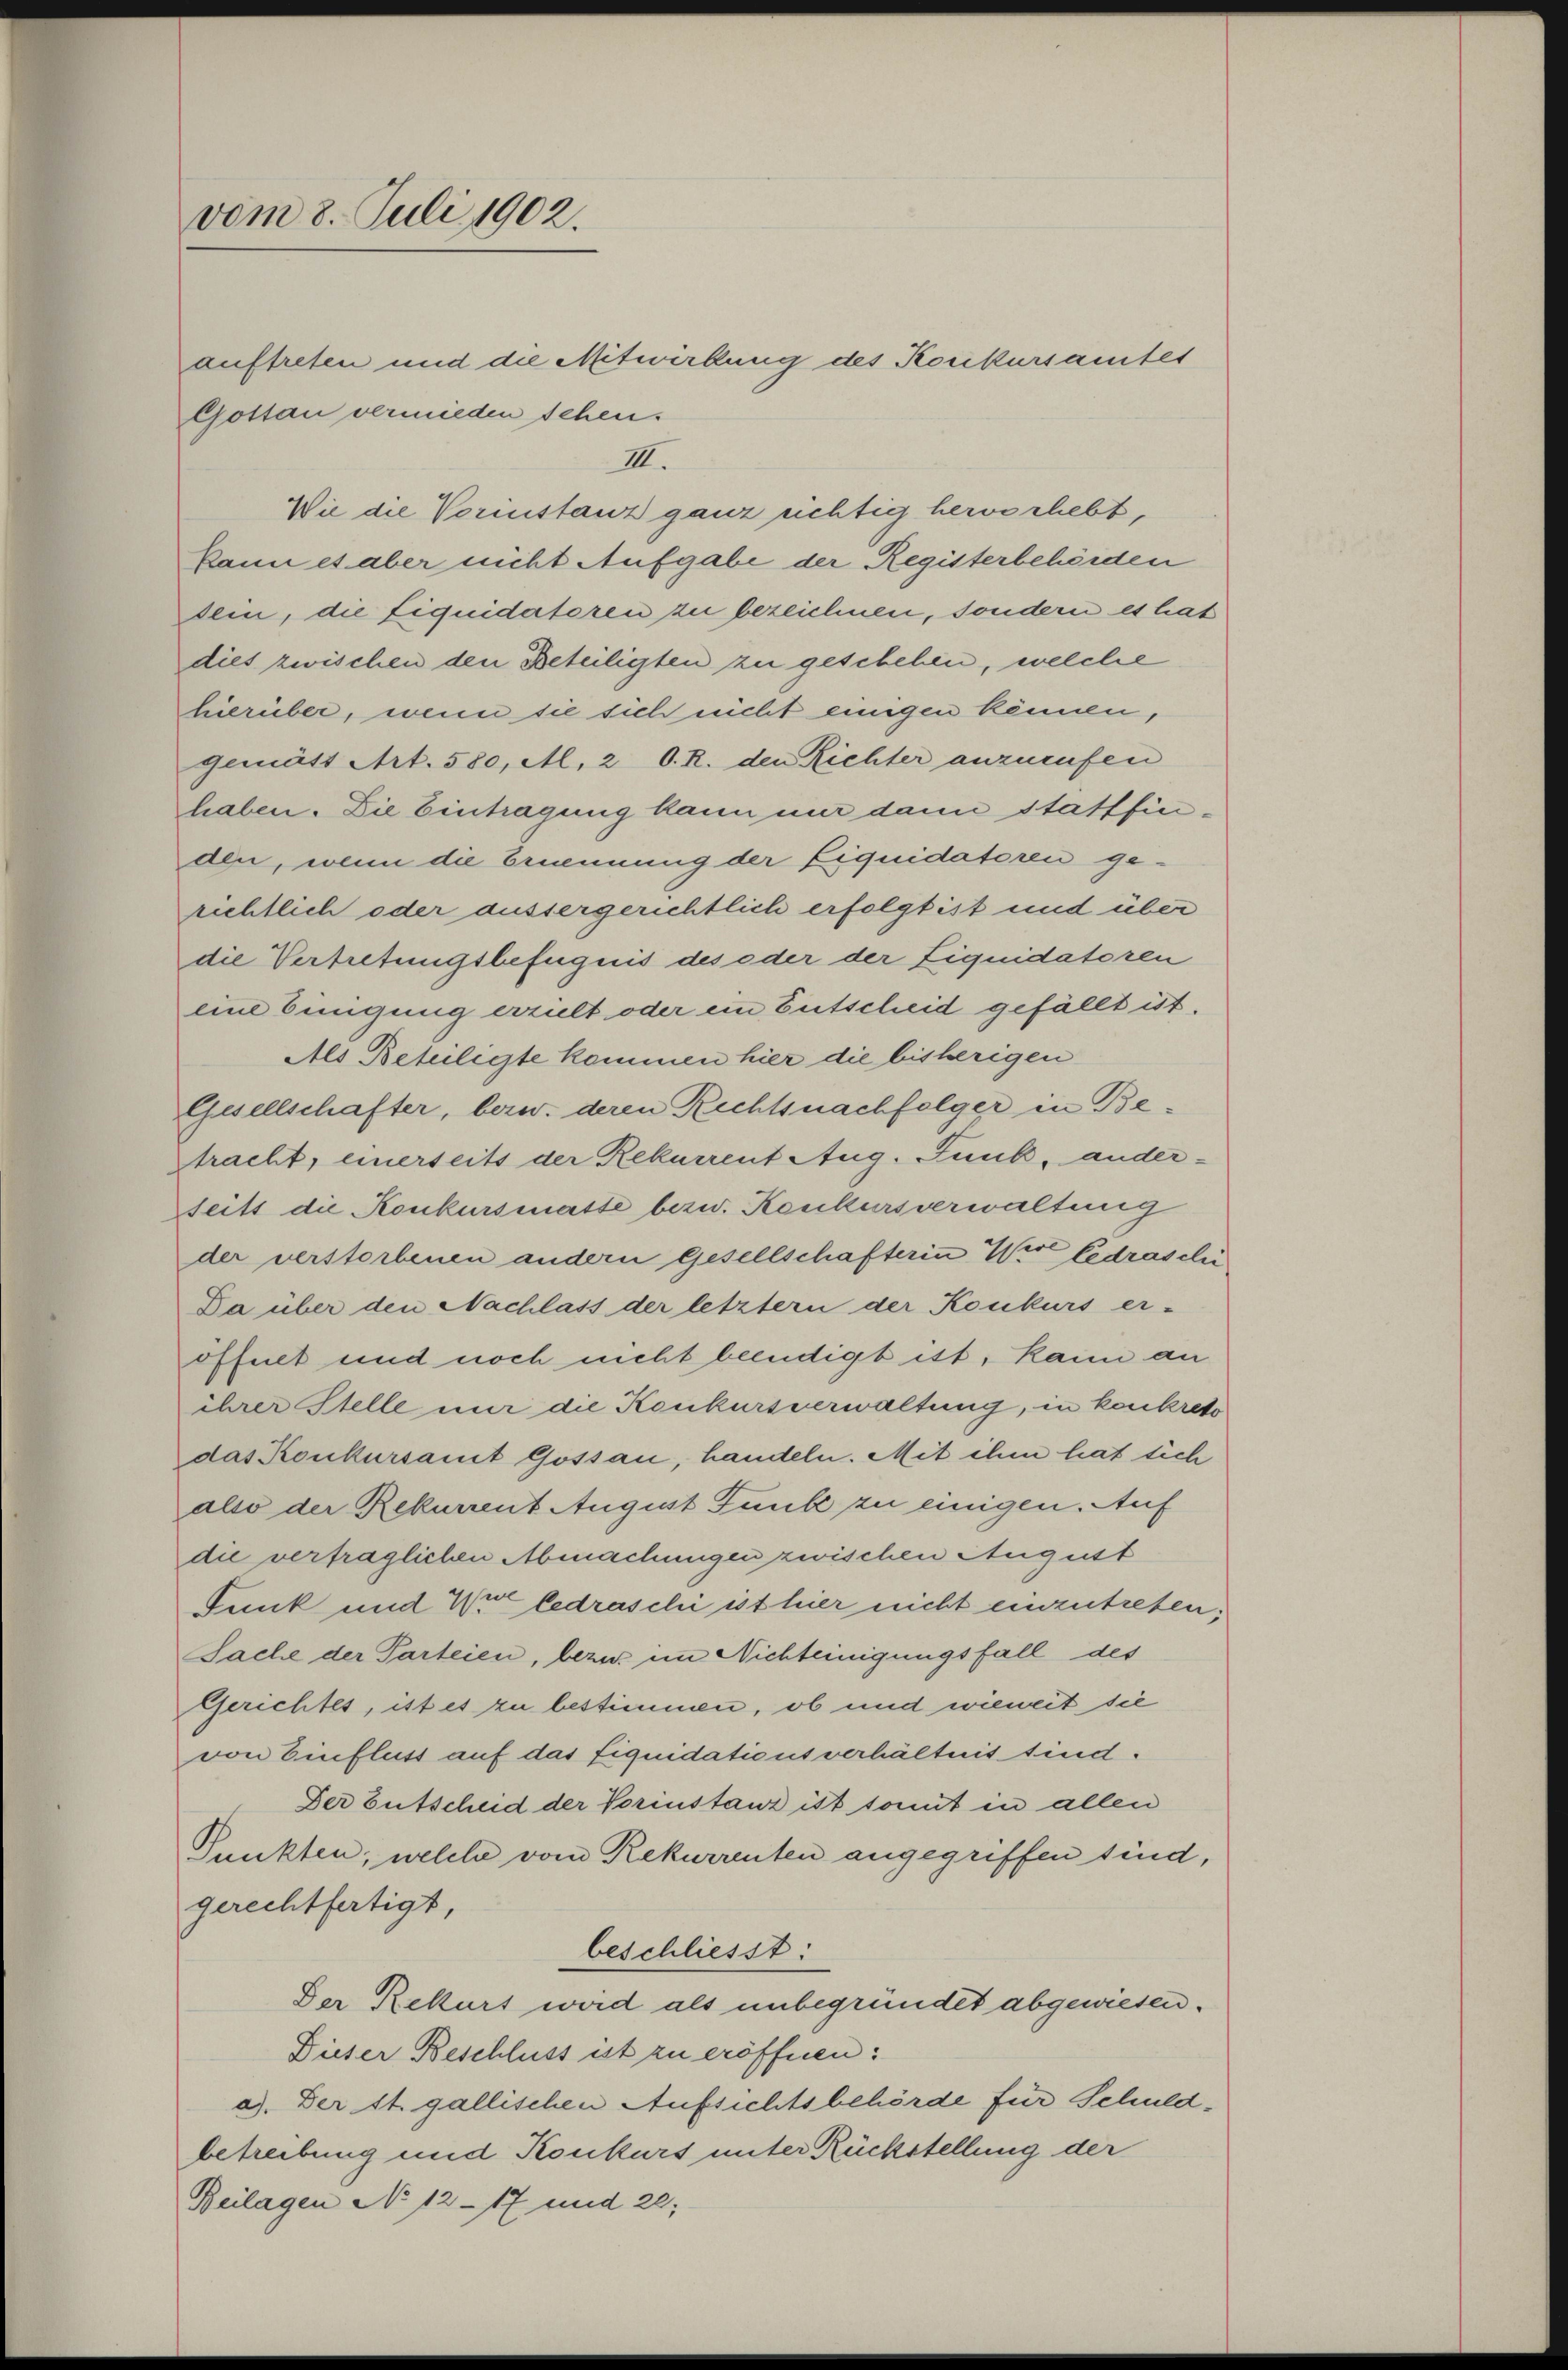
vom 8. Juli 1902.

Wie die Vorinstanz ganz richtig hervorhebt,

Gottau vermieden sehen.
IIII.

kann es aber nicht Aufgabe der Registerbehörden
dem, die Liquidatoren zu bezeichnen, sondern es hat
dies zwischen den Beteiligten zu geschehen, welche
hierüber, wenn sie sich nicht einigen können,
gemätt Art. 580, M. 2 O. R. den Richter anzurufen
haben. Die Eintragung kann nur dann stattfinden, wenn die Ernennung der Liquidatoren ge-
richtlich oder aussergerichtlich erfolgt ist und über
die Vertretungsbefugnis des oder der Liquidatoren
eine Einigung erzielt oder ein Entscheid gefällt ist.
Als Beteiligte kommen hier die bisherigen
Gesellschafter, bezw. deren Rechtsnachfolger in Betracht, einerseits der Rekurrent Aug. Funk, ander-
Sseits die Konkursmatte bezw. Konkursverwaltung
der verstorbenen andern Gesellschafterin Wir bedrasilie
Da über den Nachlass der letztern der Konkurs er-
öffnet und noch nicht beendigt ist, kann an
ihrer Stelle nur die Konkursverwaltung, in konkreto
das Konkursant Gossau, handeln. Mit ihm hat sich
also der Rekurrent August Funke zu einigen. Auf
die vertraglichen Abmachungen zwischen August
Funk und Wir ledraschi ist hier nicht einzutreten;
Sache der Parteien, bezw. im Nichteinigungsfall des
Gerichtes, ist es zu bestimmen, ob und wieweit sie
von Einfluss auf das fiquidationsverhältnis sind.
Der Entscheid der Vorinstanz ist somit in allen
Punkten, welche vom Rekurrenten angegriffen sind,
gerechtfertigt,
beschliesst.
Der Rekurs wird als unbegründet abgewiesen.
Dieser Beschluss ist zu eröffnen:
a). Der St. gallischen Aufsichtsbehörde für Schuldbetreibung und Konkurs unter Rückstellung der
Beilagen No 12-17 und 20;

auftreten und die Mitwirkung des Konkursamtes